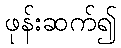
ဖုန်းဆက်၍